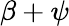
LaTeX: \beta+\psi